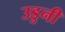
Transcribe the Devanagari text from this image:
उडुनी